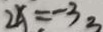
2 x = - 3 3